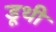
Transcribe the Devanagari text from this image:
डूथी